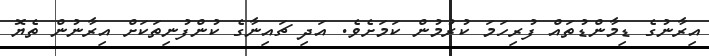
އިރާނުގެ ޑިމާންޑުތައް ފުރިހަމަ ކުރުމުން ކަމަށެވެ. އަދި ޗައިނާގެ ކުންފުނިތަކަށް އިރާނުން ތެޔޮ